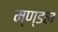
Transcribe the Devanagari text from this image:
म्ण्डल